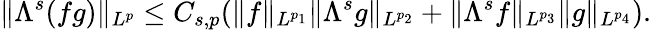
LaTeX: \| \Lambda^{s}(fg)\| _{L^{p}}\leq C_{s,p}(\| f\| _{L^{p_{1}}}\| \Lambda^{s}g\| _{L^{p_{2}}}+\| \Lambda^{s}f\| _{L^{p_{3}}}\| g\| _{L^{p_{4}}}).